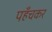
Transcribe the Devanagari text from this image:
पहँचकर